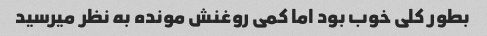
بطور کلی‌ خوب بود اما کمی روغنش مونده به نظر میرسید